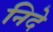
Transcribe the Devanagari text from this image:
निदे